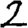
Digit: 2